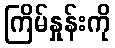
ကြိမ်နှုန်းကို